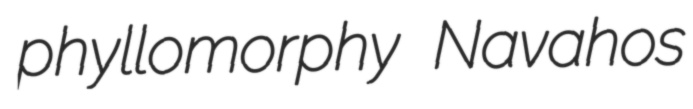
phyllomorphy Navahos